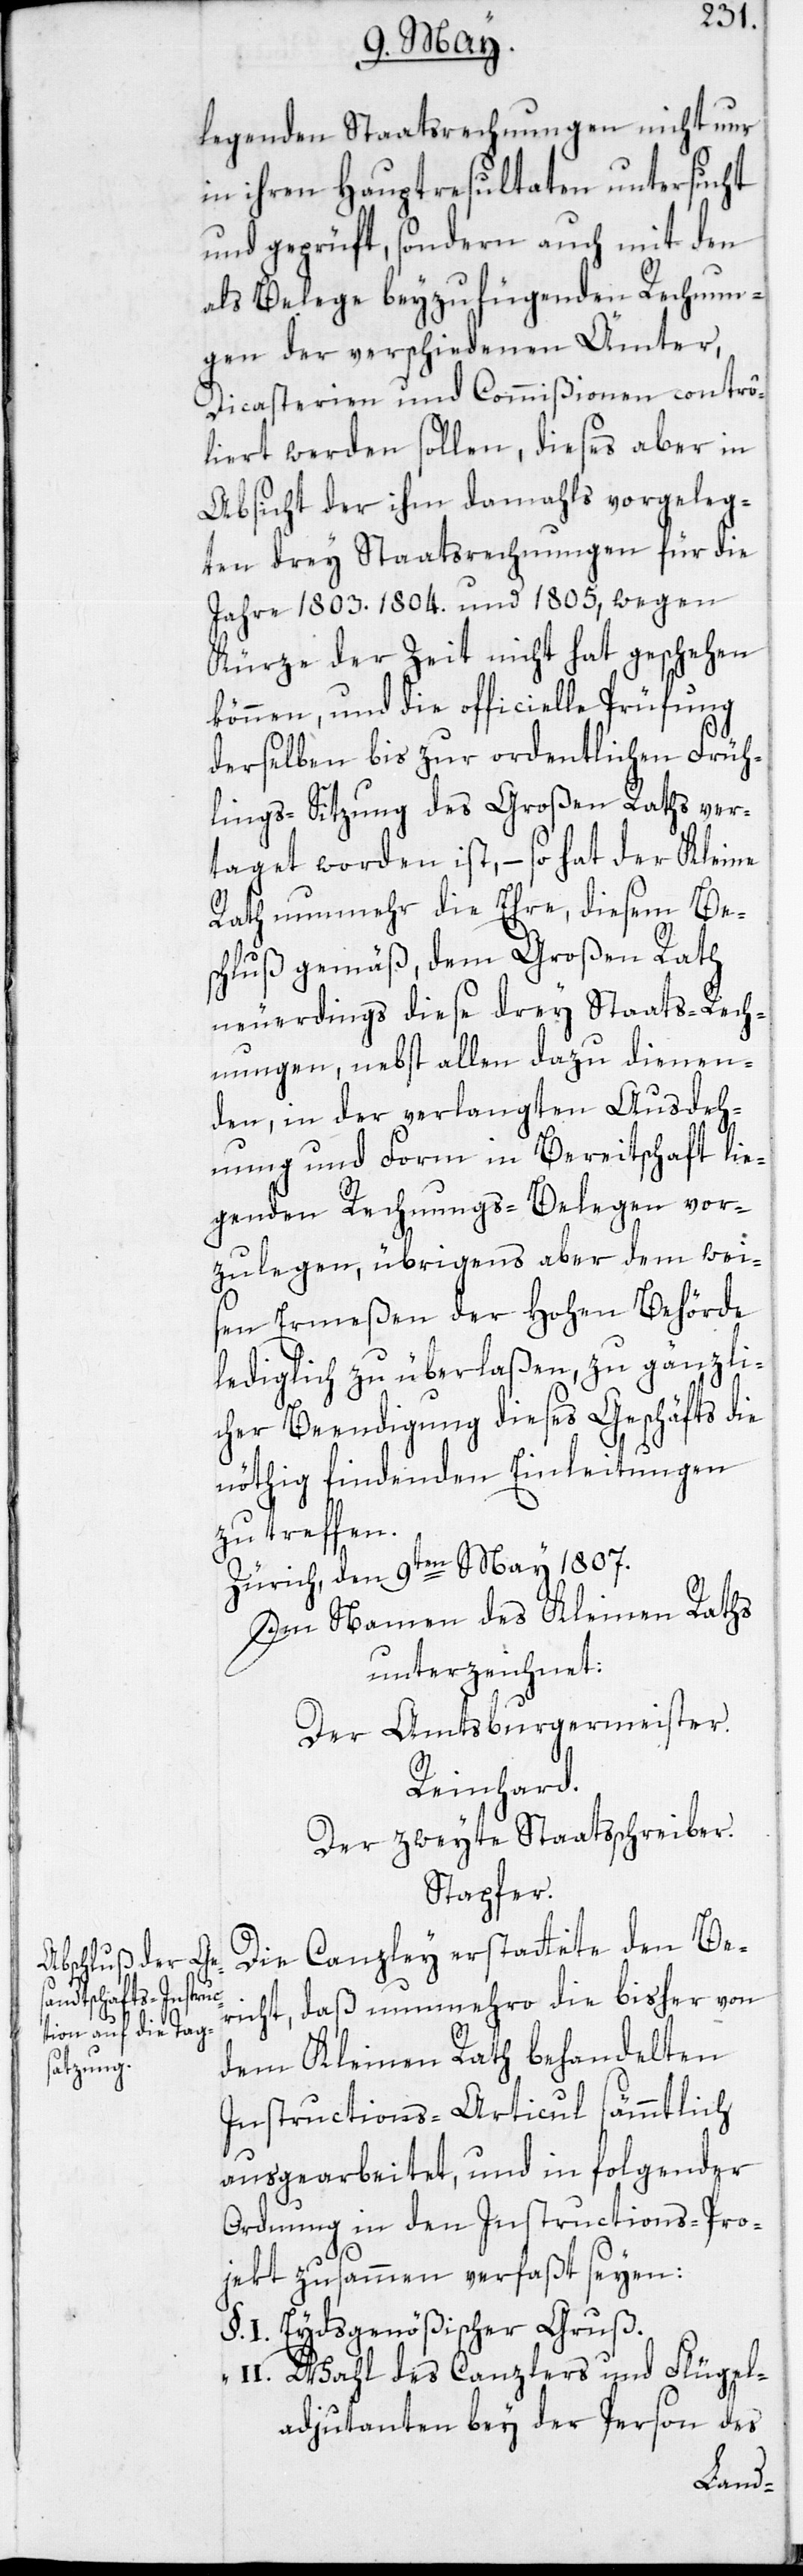
legenden Staatsrechnungen nicht nur
in ihren Hauptresultaten untersucht
und geprüft, sondern auch mit den
als Belege beyzufügenden Rechnun¬
gen der verschiedenen Ämter,
Dicasterien und Commißionen contrô¬
liert werden sollen, dieses aber in
Absicht der ihm damahls vorgeleg¬
ten drey Staatsrechnungen für die
Jahre 1803.[,] 1804. und 1805, wegen
Kürze der Zeit nicht hat geschehen
können, und die officielle Prüfung
derselben bis zur ordentlichen Früh¬
lings-Sitzung des Großen Raths ver¬
taget worden ist, – so hat der Kleine
Rath nunmehr die Ehre, diesem Be¬
schluß gemäß, dem Großen Rath
neuerdings diese drey Staats-Rech¬
nungen, nebst allen dazu dienen¬
den, in der verlangten Ausdeh¬
ung und Form in Bereitschaft lie¬
genden Rechnungs-Belegen vor¬
zulegen, übrigens aber dem wei¬
sen Ermeßen der Hohen Behörde
lediglich zu überlaßen, zu gänzli¬
cher Beendigung dieses Geschäfts die
nöthig findenden Einleitungen
zu treffen.
Zürich, den 9ten May 1807.
Im Namen des Kleinen Raths
unterzeichnet:
Der Amtsburgermeister.
Reinhard.
Der zweyte Staatsschreiber.
Stapfer.
Die Canzley erstattete den Be¬
richt, daß nunmehro die bisher von
dem Kleinen Rath behandelten
Instructions-Articul sämmtlich
ausgearbeitet, und in folgender
Ordnung in den Instructions-Pro¬
jekt zusammen verfaßt seyen:
Eydsgenößischer Gruß.
Wahl des Canzlers und Flügel¬
adjutanten bey der Person des